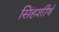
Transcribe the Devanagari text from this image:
सिंहशीर्ष